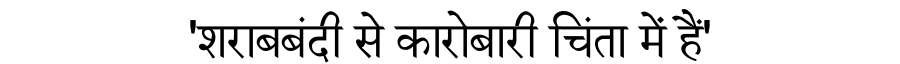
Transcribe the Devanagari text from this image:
'शराबबंदी से कारोबारी चिंता में हैं'